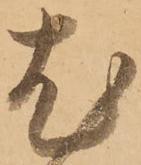
尤